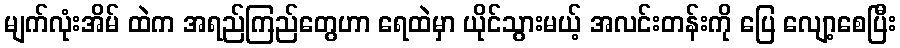
မျက်လုံးအိမ် ထဲက အရည်ကြည်တွေဟာ ရေထဲမှာ ယိုင်သွားမယ့် အလင်းတန်းကို ပြေ လျော့စေပြီး